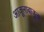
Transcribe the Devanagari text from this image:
आजूलाबाजूला